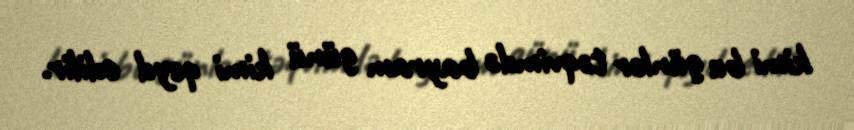
kimi bu günlər təqvimdə bayram günü kimi qeyd edilir.